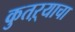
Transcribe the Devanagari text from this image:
कुतऱ्याचा